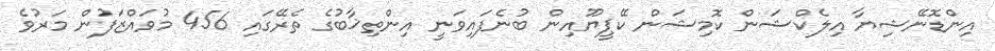
އިންޑޮނޭޝިޔާ އިލެކްޝަން ކޮމިޝަން ކޭޕީޔޫއިން ބުނެފައިވަނީ އިންތިޚާބުގެ ތެރޭގައި 456 މުވައްޒަފުން މަރުވެ